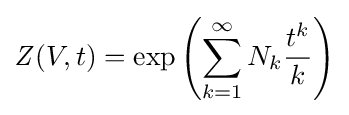
{\mathit {Z}}(V,t)=\exp \left(\sum _{k=1}^{\infty }N_{k}{\frac {t^{k}}{k}}\right)